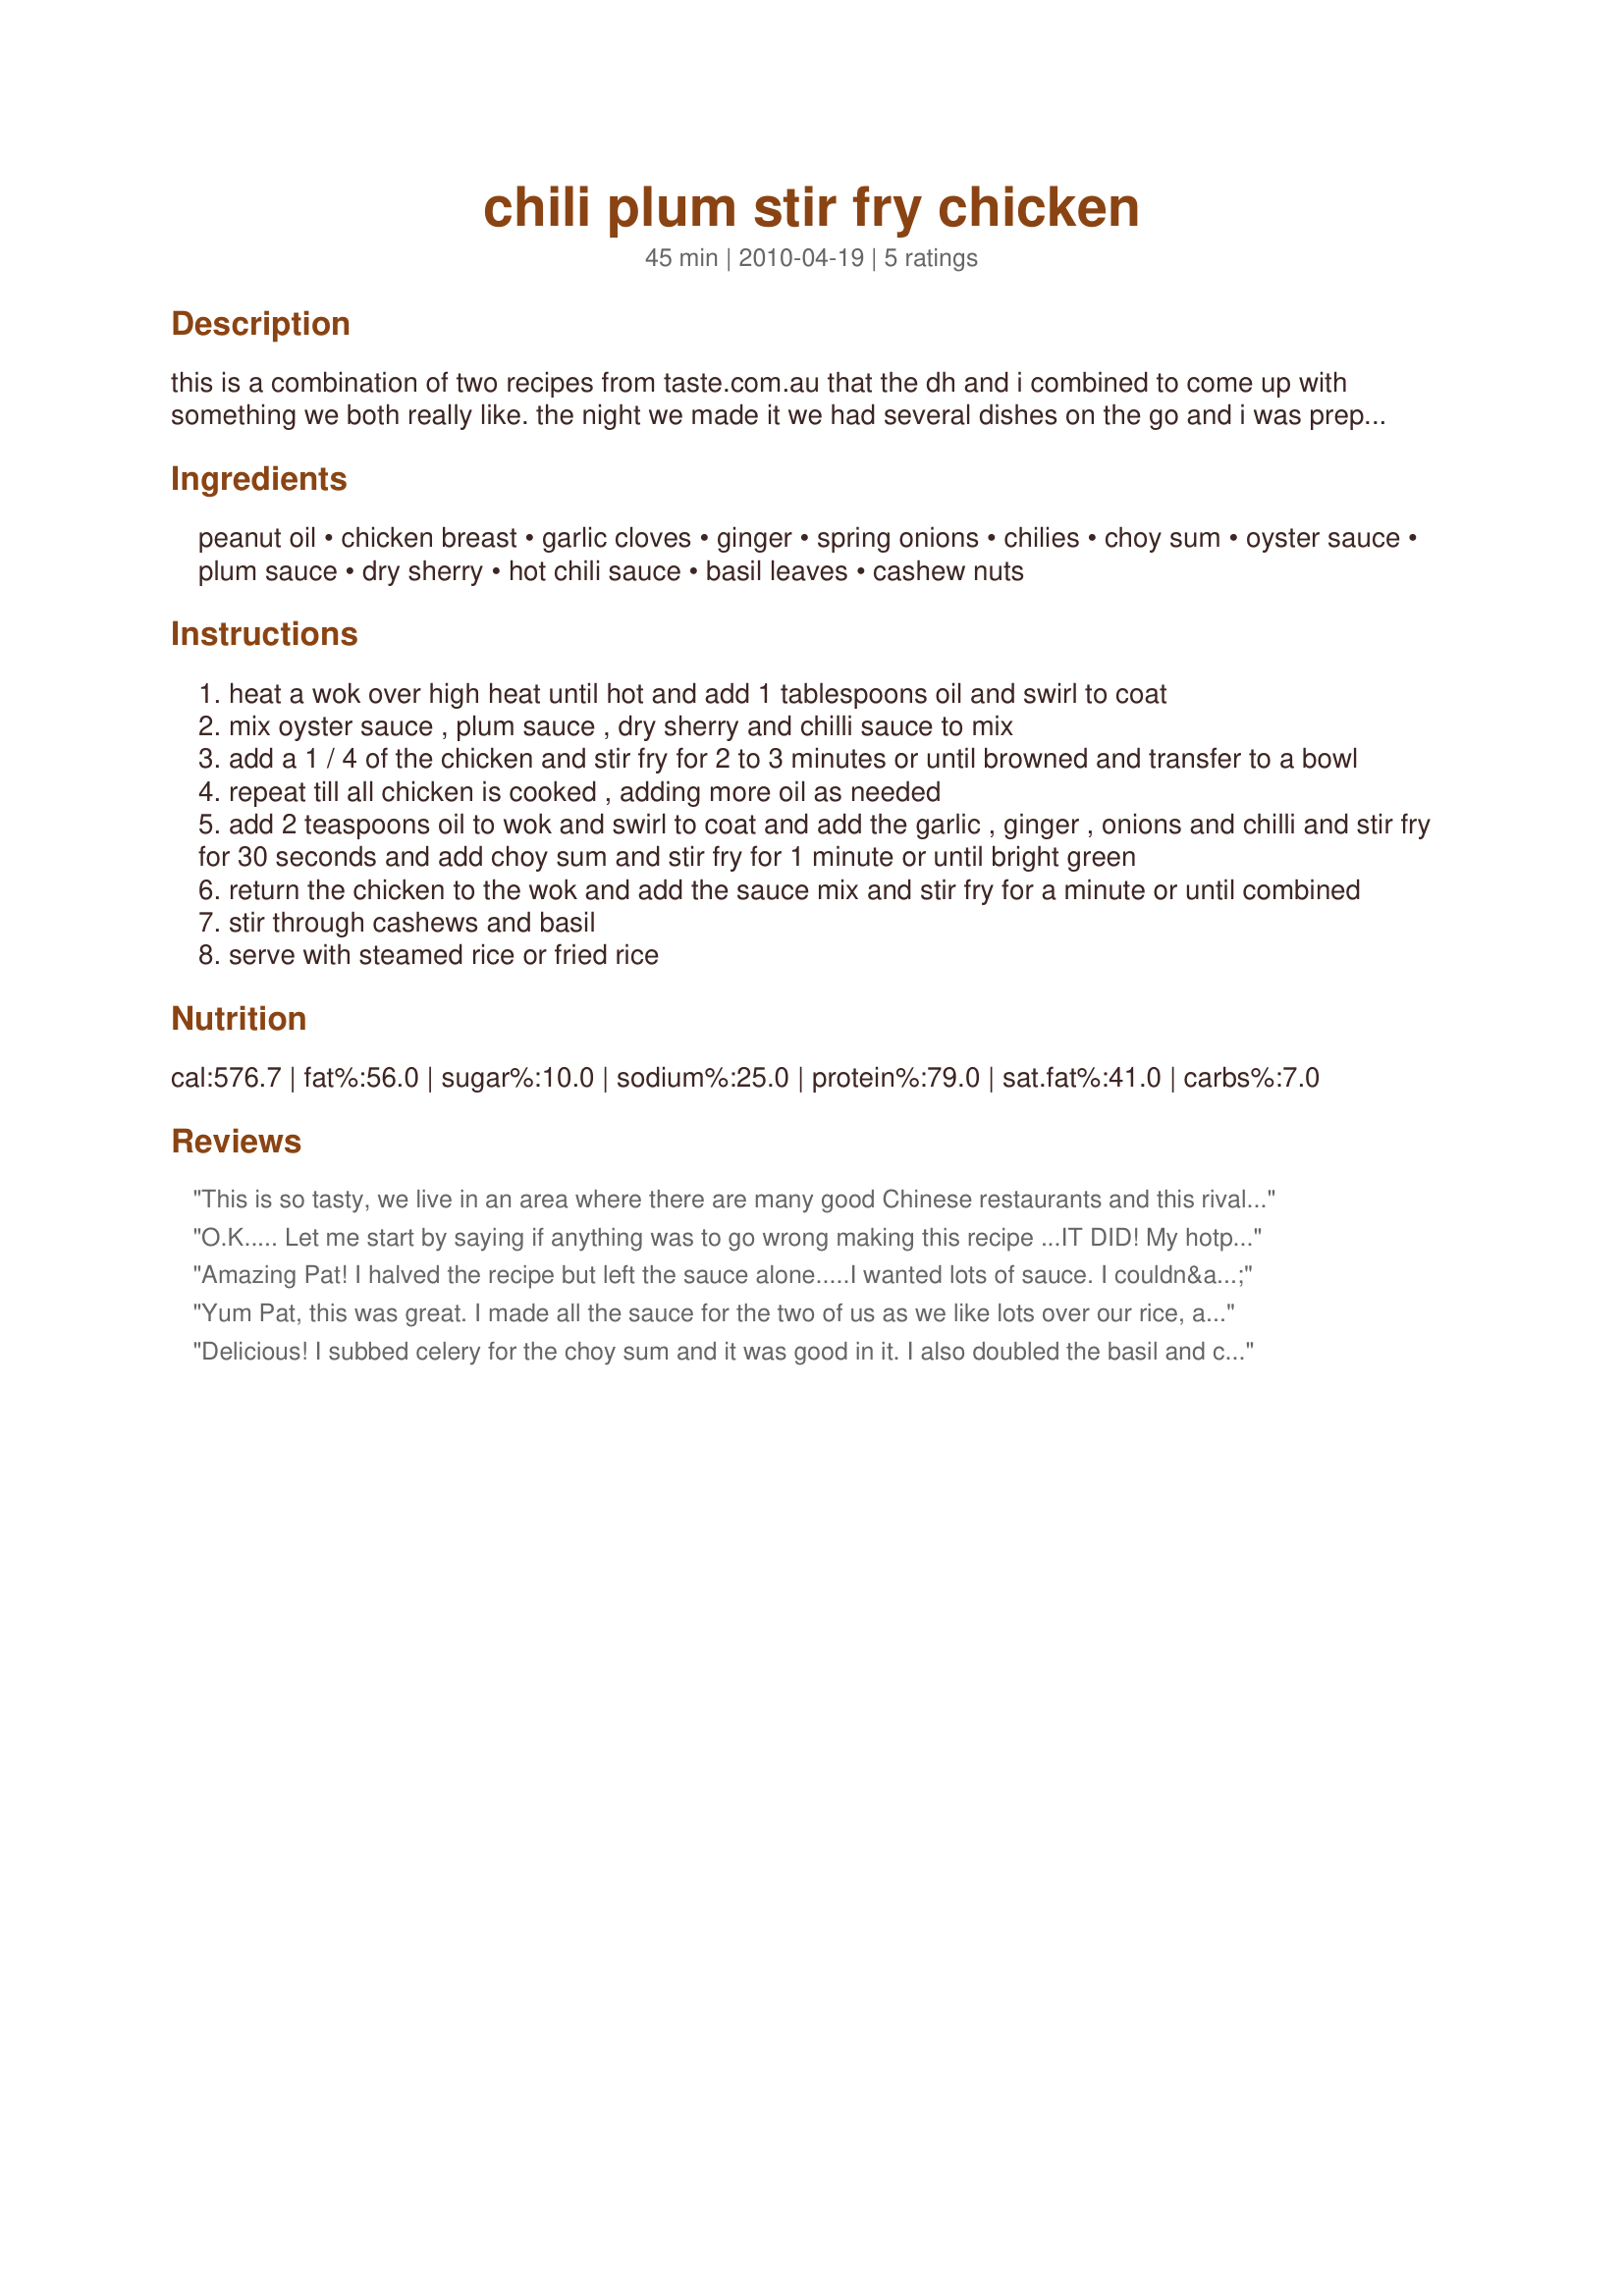
chili plum stir fry chicken
Preparation time: 45 minutes

this is a combination of two recipes from taste.com.au that the dh and i combined to come up with something we both really like. the night we made it we had several dishes on the go and i was prepping for them as well so times are estimated to if you were only cooking this dish update - o'kay making this once again i have added other vegies tonight which were some julienned carrot, broccoli and cauliflower flowerettes and snow peas and served on top of some hokien noodles - just a variation. another update - we tried this tonight have now tried with beef, rump strips (possibly could be better to beat out and cut into strips though we think. depending on the quality of your rump) and added 3/4 teaspoons chinese five spice to step 2 but would suggest 1/2 teaspoon) but still thoroughly enjoyed and we are smacking our lips still 2 hours later.

Ingredients:
peanut oil, chicken breast, garlic cloves, ginger, spring onions, chilies, choy sum, oyster sauce, plum sauce, dry sherry, hot chili sauce, basil leaves, cashew nuts

Steps:
heat a wok over high heat until hot and add 1 tablespoons oil and swirl to coat
mix oyster sauce , plum sauce , dry sherry and chilli sauce to mix
add a 1 / 4 of the chicken and stir fry for 2 to 3 minutes or until browned and transfer to a bowl
repeat till all chicken is cooked , adding more oil as needed
add 2 teaspoons oil to wok and swirl to coat and add the garlic , ginger , onions and chilli and stir fry for 30 seconds and add choy sum and stir fry for 1 minute or until bright green
return the chicken to the wok and add the sauce mix and stir fry for a minute or until combined
stir through cashews and basil
serve with steamed rice or fried rice

Reviews:
This is so tasty, we live in an area where there are many good Chinese restaurants and this rivals what they serve! I didn't know what choy sum is (we probably call it something else) so I used two bunch of baby bok choy, and it was delicious! Also, I could only find roasted and salted cashews and that didn't detract at all from the dish. I loved this so much it is jumping into my 2013 Best of cookbook! Thanks for posting.
O.K..... Let me start by saying if anything was to go wrong making this recipe ...IT DID!
My hotplates were not heating properly...AGAIN.......... and so this recipe had no chance....Or so I thought!
I used my own homemade plum sauce and followed as per recipe although I did add capsicum, onion and carrot (which I needed to use up.)
Cooking the chicken in the wok was no problem, and then disaster hit, the hot plates stopped heating.........
SO,,,,,,,,,, I just did the rest in the oven and Pat this recipe is so versatile, as it worked so very well. It took longer this way, and the family kept complaining because they could smell it and wanted it yesterday! lol
DS loved it, he actually raved about it and he hates plum sauce....DH raved also, ...and he hates plum sauce..... I don't make much plum sauce any more because no-body in the family likes it......except me.
.....go figure they loved this stir fry!
DD came home and wanted the stir fry she could smell....well I was not telling her it was an oven fry! It was here that a small argument broke out, DS wanted leftovers for lunch the next day and DD wanted another serve of the stir fry.......DS won out, all I can say is I overheard DD today telling her boyfriend that Mum had made the most fabulous stir fry last night.
I served this wonderful stir fry with rice and all I can say it was loved by all. It should have been so quick and easy.....and due to my hotplates took longer! But I must say I am making this again.....not sure which way to cook it next time though....lol
Pat a real winner with this family and as a bonus I can make more plum sauce next year and get to use it!
Great recipe Pat..... THANKS!
Amazing Pat! I halved the recipe but left the sauce alone.....I wanted lots of sauce. I couldn&#039;t find choy sum or baby bok choy, so used regular bok choy. I used hot red chile peppers, and they added the perfect heat. This makes a lot! Even halving the recipe, I had enough for 6 servings. I served it over jasmine rice, and it was delicious! I can imagine that this would be delicious with lots of different veggies, and can&#039;t wait to try them. Thanks for sharing. Made for Rookie Tag game!
Yum Pat, this was great. I made all the sauce for the two of us as we like lots over our rice, and if I was making this for more people, I'd double or triple it accordingly. I used 2 small skinless chicken thigh fillets and 1 bunch of choy sum but threw in some red capsicum for colour. In an effort to reduce fat count and calories, I made this using 4 teaspoons of oil and about 30g of cashews for the two of us. Russ cmmented he would be happy to pay for dinner in a Chinese restaurant!
Delicious! I subbed celery for the choy sum and it was good in it. I also doubled the basil and cashews. The whole dish was really yummy. I think this would also be great with shrimp, pork or veggie crumbles instead of the chicken.
